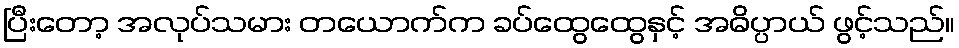
ပြီးတော့ အလုပ်သမား တယောက်က ခပ်ထွေထွေနှင့် အဓိပ္ပာယ် ဖွင့်သည်။